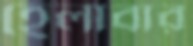
হেলাবার